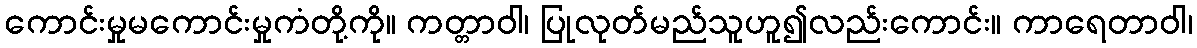
ကောင်းမှုမကောင်းမှုကံတို့ကို။ ကတ္တာဝါ၊ ပြုလုတ်မည်သူဟူ၍လည်းကောင်း။ ကာရေတာဝါ၊